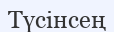
Түсінсең